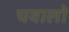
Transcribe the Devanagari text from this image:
चवालो